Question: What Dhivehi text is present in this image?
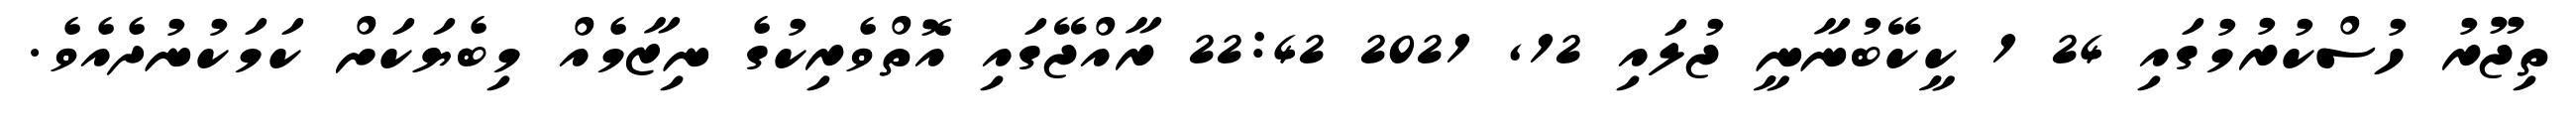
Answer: ތިޖޫރު ހުސްކުރުމުގައި 24 1 ކީކޭބުނާނީ ޖުލައި 12, 2021 22:42 ރާއްޖޭގައި އޮތްވެރިކުގެ ނިޒާމެއް މިބެޔަކަށް ކަމަކުނުދެއެވެ.